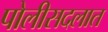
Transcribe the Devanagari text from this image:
पोलीसदलात